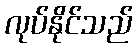
လုပ်နိုင်သည်